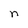
Character: n